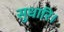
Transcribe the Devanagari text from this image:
सुधारि।